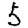
Digit: 5